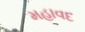
મહાવદ